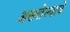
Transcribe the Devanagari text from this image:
असलेल्याचे